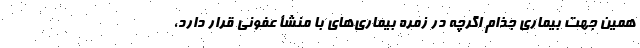
همین جهت بیماری جذام اگرچه در زمره بیماری‌های با منشأ عفونی قرار دارد،